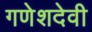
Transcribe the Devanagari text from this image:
गणेशदेवी